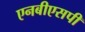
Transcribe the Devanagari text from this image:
एनबीएसपी